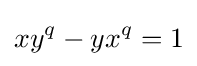
xy^{q}-yx^{q}=1